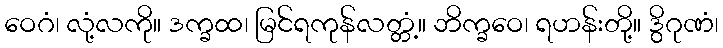
ဝေဂံ၊ လုံ့လကို။ ဒက္ခထ၊ မြင်ရကုန်လတ္တံ့။ ဘိက္ခဝေ၊ ရဟန်းတို့။ ဒွိဂုဏံ၊